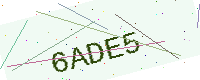
Text: 6ADE5